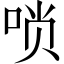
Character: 唢